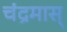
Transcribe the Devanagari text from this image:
चंद्रमास्